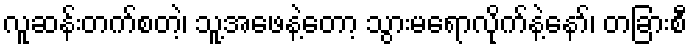
လူဆန်းတက်စတဲ့၊ သူ့အဖေနဲ့တော့ သွားမရောလိုက်နဲ့နော်၊ တခြားစီ